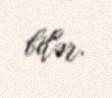
bilər.